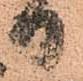
日